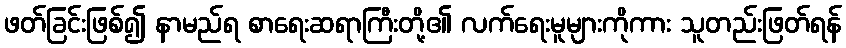
ဖတ်ခြင်းဖြစ်၍ နာမည်ရ စာရေးဆရာကြီးတို့၏ လက်ရေးမူများကိုကား သူတည်းဖြတ်ရန်